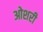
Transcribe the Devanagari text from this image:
ओशरी